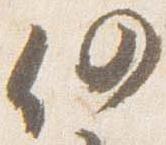
仍